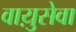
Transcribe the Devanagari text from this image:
वाय़ुसेवा